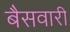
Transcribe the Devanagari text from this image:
बैसवारी